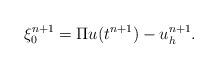
LaTeX: \begin{align*}\xi_0^{n+1} = \Pi u (t^{n+1}) - u_h^{n+1}.\end{align*}